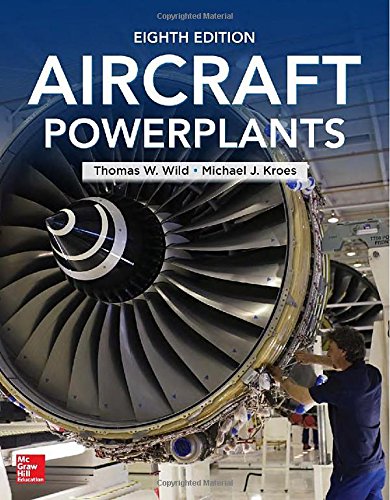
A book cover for Aircraft Powerplants, Eighth Edition; Thomas Wild; Engineering & Transportation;